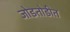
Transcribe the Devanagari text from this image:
जोडतोडीत